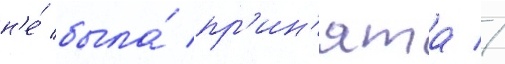
н'е́ была́ пр'ин'ята //